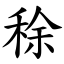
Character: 稌